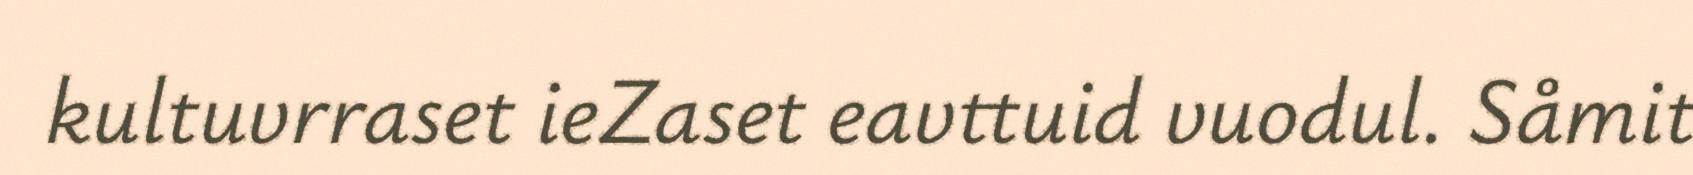
kultuvrraset ieZaset eavttuid vuodul. Såmit